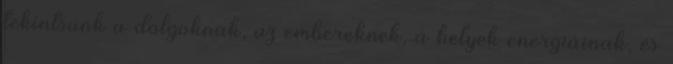
tekintsünk a dolgoknak, az embereknek, a helyek energiáinak, és